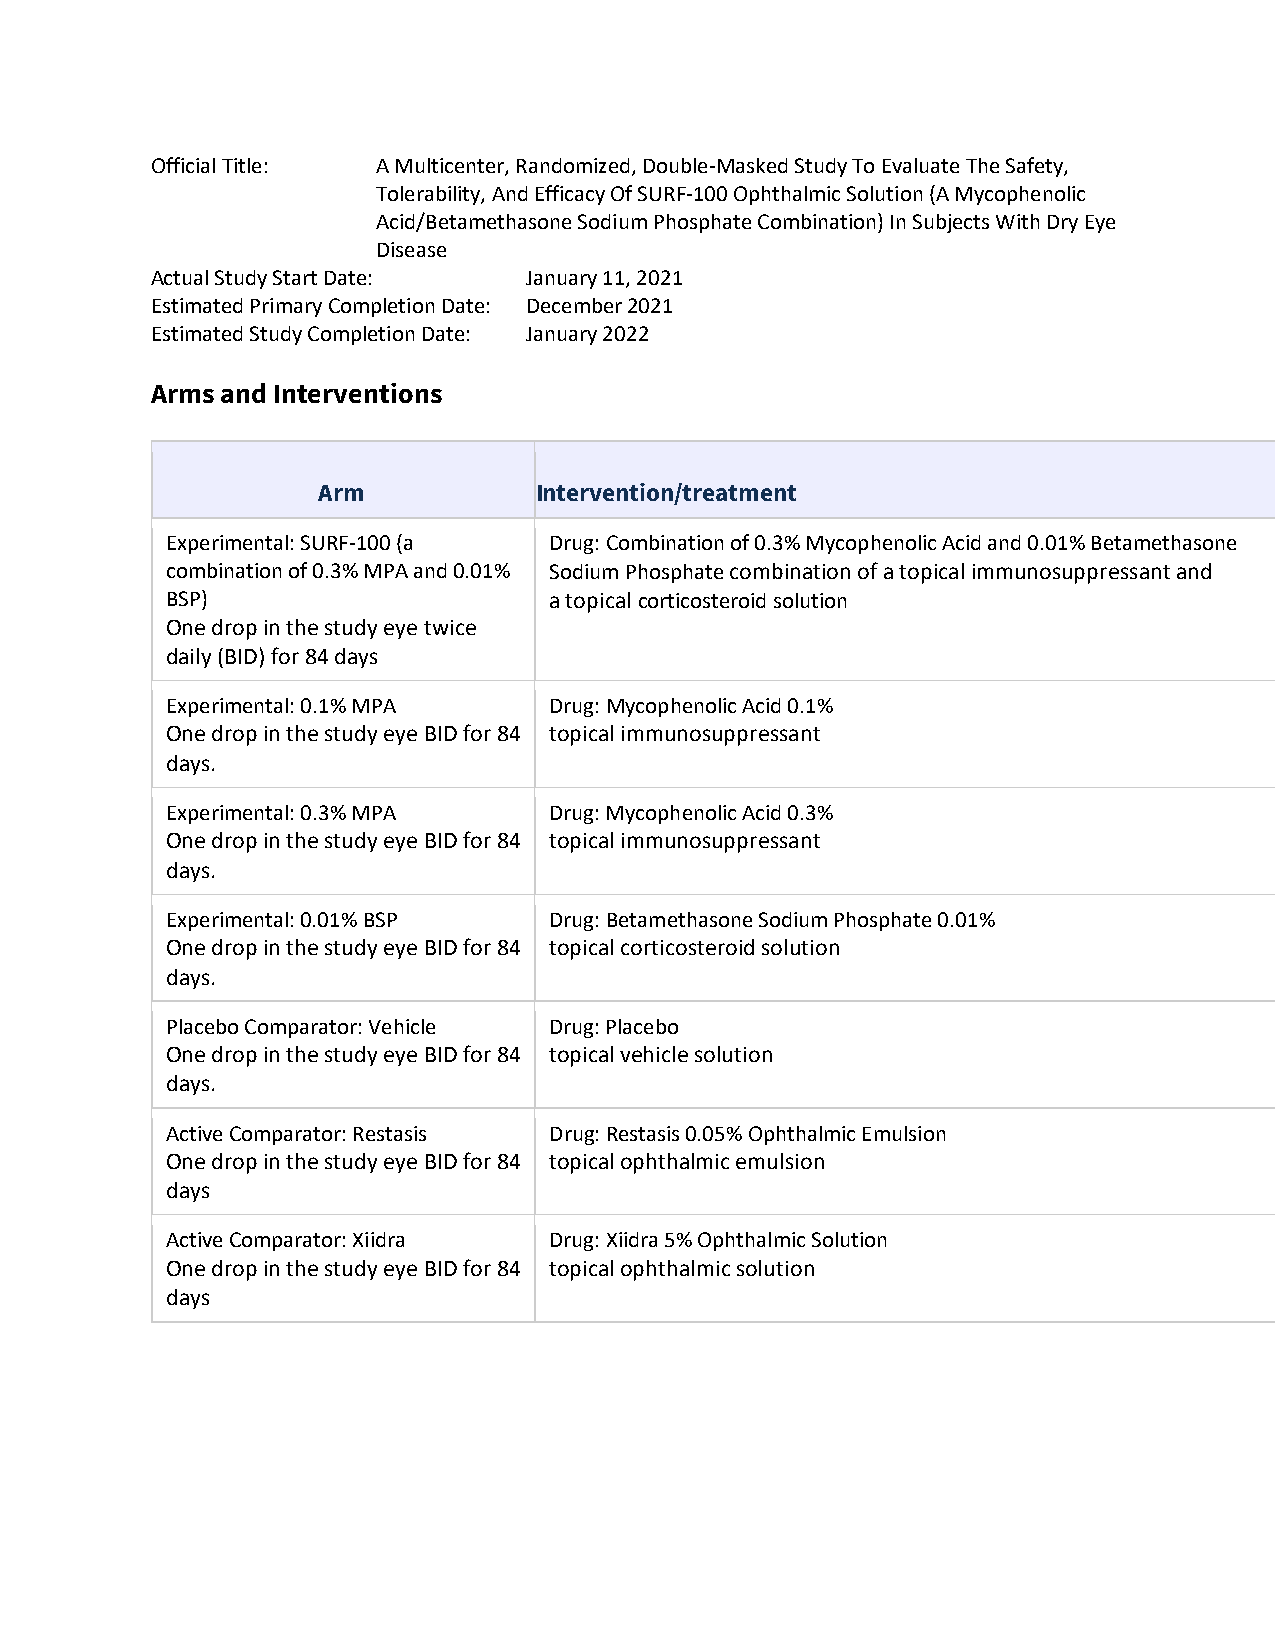
Official Title: A Multicenter, Randomized, Double-Masked Study To Evaluate The Safety,
 Tolerability, And Efficacy Of SURF-100 Ophthalmic Solution (A Mycophenolic
 Acid/Betamethasone Sodium Phosphate Combination) In Subjects With Dry Eye
 Disease
 Actual Study Start Date: January 11, 2021
 Estimated Primary Completion Date: December 2021
 Estimated Study Completion Date: January 2022
 Arms and Interventions
 Arm           Intervention/treatment
 Experimental: SURF-100 (a Drug: Combination of 0.3% Mycophenolic Acid and 0.01% Betamethasone
 combination of 0.3% MPA and 0.01% Sodium Phosphate combination of a topical immunosuppressant and
 BSP)                     a topical corticosteroid solution
 One drop in the study eye twice
 daily (BID) for 84 days
 Experimental: 0.1% MPA   Drug: Mycophenolic Acid 0.1%
 One drop in the study eye BID for 84 topical immunosuppressant
 days.
 Experimental: 0.3% MPA   Drug: Mycophenolic Acid 0.3%
 One drop in the study eye BID for 84 topical immunosuppressant
 days.
 Experimental: 0.01% BSP  Drug: Betamethasone Sodium Phosphate 0.01%
 One drop in the study eye BID for 84 topical corticosteroid solution
 days.
 Placebo Comparator: Vehicle Drug: Placebo
 One drop in the study eye BID for 84 topical vehicle solution
 days.
 Active Comparator: Restasis Drug: Restasis 0.05% Ophthalmic Emulsion
 One drop in the study eye BID for 84 topical ophthalmic emulsion
 days
 Active Comparator: Xiidra Drug: Xiidra 5% Ophthalmic Solution
 One drop in the study eye BID for 84 topical ophthalmic solution
 days